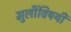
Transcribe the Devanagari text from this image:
मुलींविषयी